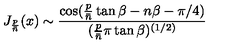
J _ { { \frac { p } { \bar { n } } } } ( x ) \sim { \frac { \cos ( { \frac { p } { \bar { n } } } \tan \beta - n \beta - \pi / 4 ) } { ( { \frac { p } { \bar { n } } } \pi \tan \beta ) ^ { ( 1 / 2 ) } } }